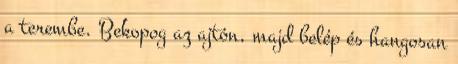
a terembe. Bekopog az ajtón, majd belép és hangosan